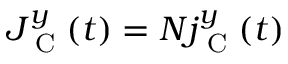
J _ { \textrm { C } } ^ { y } ( t ) = N j _ { \textrm { C } } ^ { y } ( t )